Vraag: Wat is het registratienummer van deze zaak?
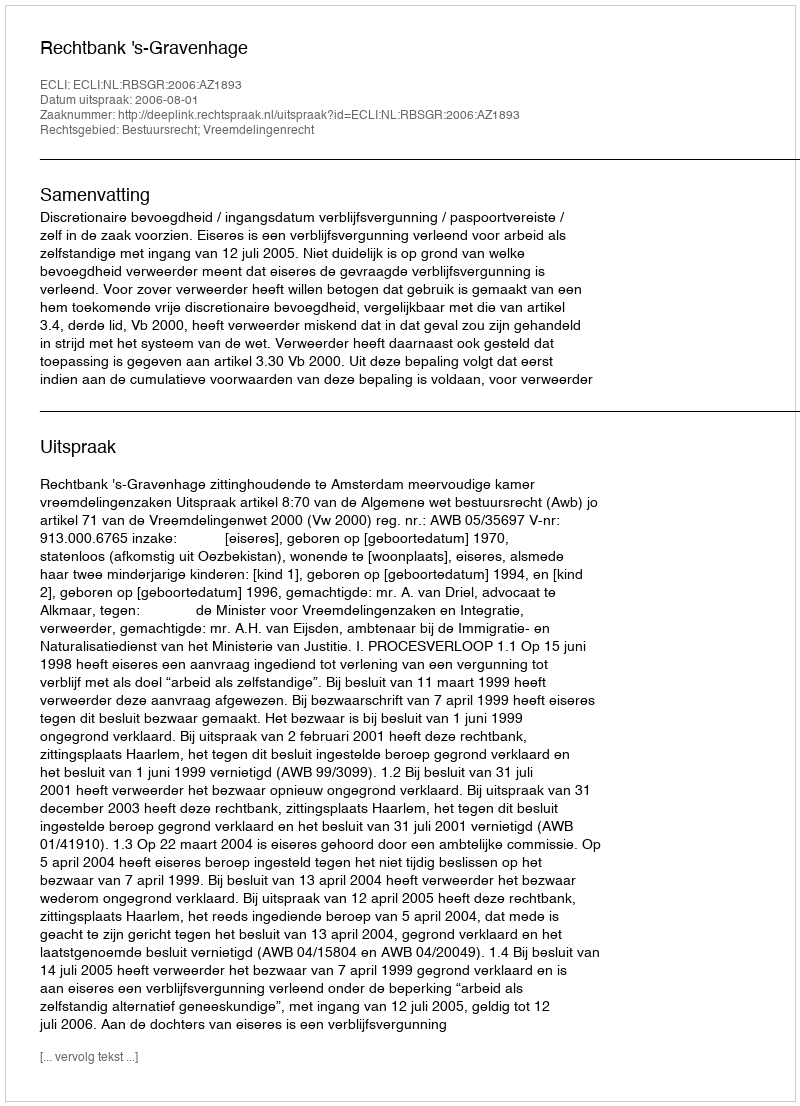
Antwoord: http://deeplink.rechtspraak.nl/uitspraak?id=ECLI:NL:RBSGR:2006:AZ1893